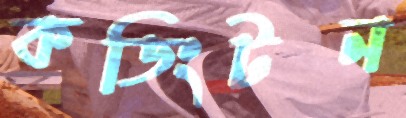
কডিংটন